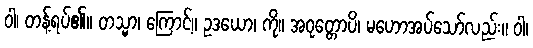
ဝါ၊ တန့်ရပ်၏။ တသ္မာ၊ ကြောင့်။ ဥဒယော၊ ကို။ အဝုတ္တောပိ၊ မဟောအပ်သော်လည်း။ ဝါ၊